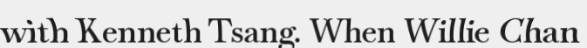
with Kenneth Tsang. When Willie Chan